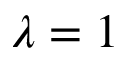
\lambda = 1